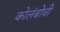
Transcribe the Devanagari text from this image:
कोलंबोची